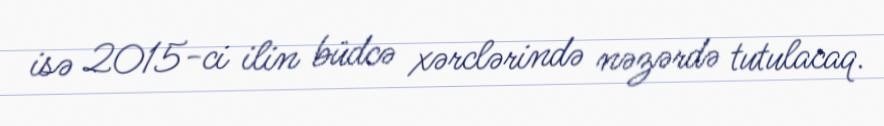
isə 2015-ci ilin büdcə xərclərində nəzərdə tutulacaq.